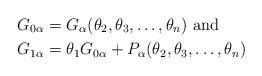
LaTeX: \begin{align*}G_{0\alpha} &= G_\alpha(\theta_2, \theta_3, \ldots, \theta_n) \hbox{ and }\\G_{1\alpha} &= \theta_1 G_{0\alpha} + P_{\alpha}(\theta_2, \theta_3, \ldots, \theta_n) \end{align*}